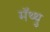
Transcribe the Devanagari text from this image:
मॅथ्थु